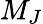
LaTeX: M_{J}